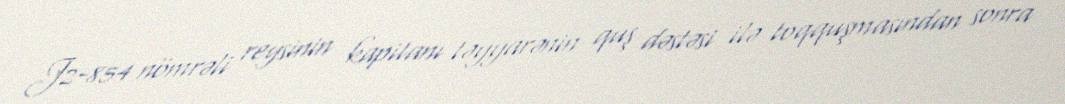
J2-854 nömrəli reysinin kapitanı təyyarənin quş dəstəsi ilə toqquşmasından sonra